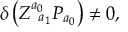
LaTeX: \delta \left( Z _ { \; \; a _ { 1 } } ^ { a _ { 0 } } { \cal P } _ { a _ { 0 } } \right) \neq 0 ,